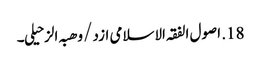
18. اصول الفقہ الاسلامی ازد /وھبہ الزحیلی۔